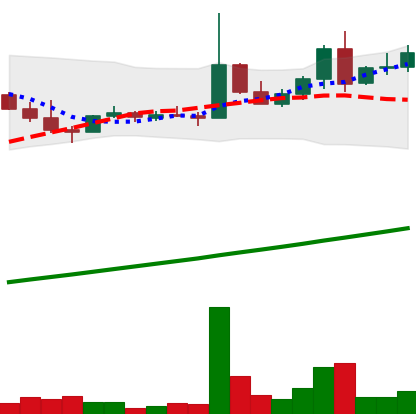
Ticker: DOGE-USD
Chart end date: 2021-04-10
Forward return: 185.39%
Label: up_7plus